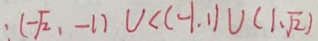
: ( - \sqrt { 2 } , - 1 ) \cup < ( - 1 . 1 ) \cup ( 1 . \sqrt { 2 } )